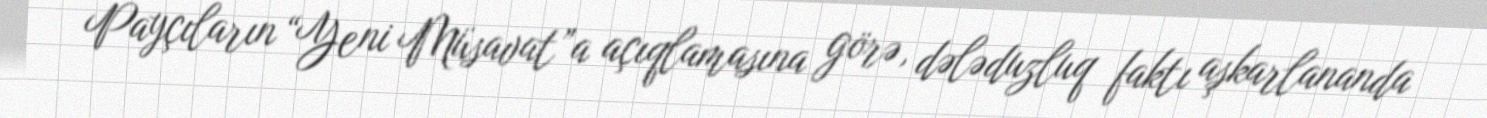
Payçıların “Yeni Müsavat”a açıqlamasına görə, dələduzluq faktı aşkarlananda